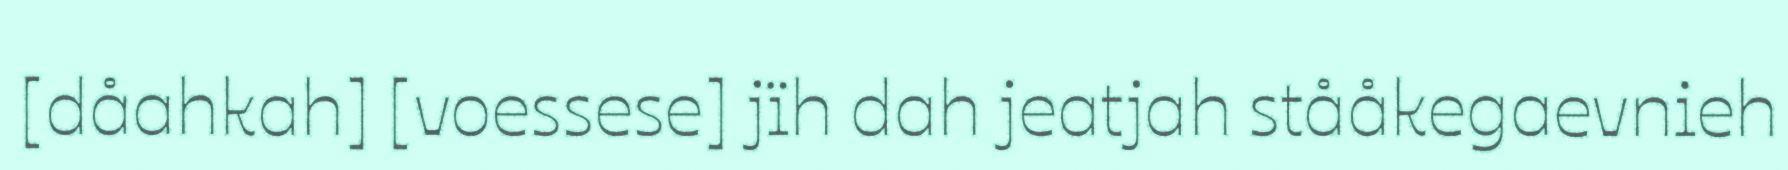
[dåahkah] [voessese] jïh dah jeatjah stååkegaevnieh